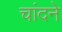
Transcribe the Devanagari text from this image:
चांदने